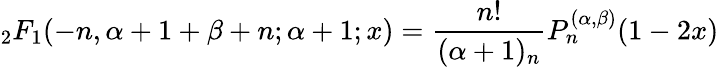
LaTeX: {}_{2}F_{1}(-n,\alpha+1+\beta+n;\alpha+1;x)={\frac{n!}{(\alpha+1)_{n}}}P_{n}^{(\alpha,\beta)}(1-2x)